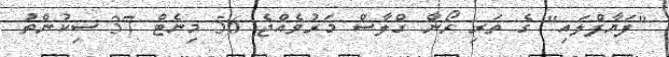
"ފަޔާފްލައި" ގެ ތަރި ރޯން ގްލާސް މަރުވެއްޖެ 56 މިނެޓް 37 ސިކުންތު